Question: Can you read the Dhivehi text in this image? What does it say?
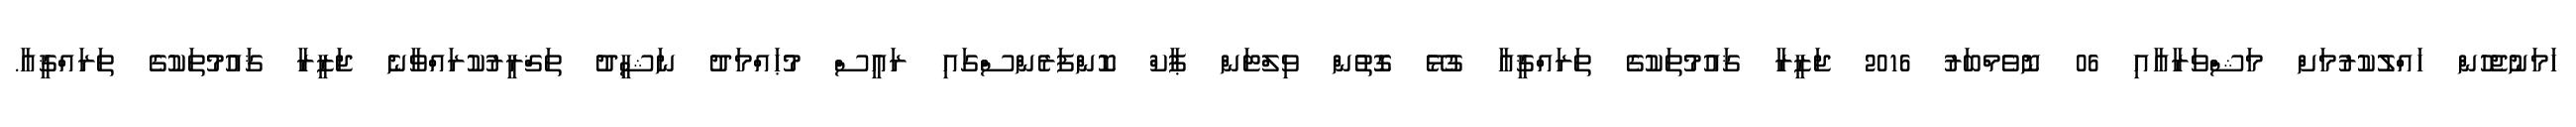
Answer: ހަމަނުޖެހުން ހައްލުކުރުމަށް މަޝްވަރާއާއި 06 ނޮވެމްބަރު 2016 ޖަޒީރާ ޤައުމުތަކުގެ ތަރައްޤީއާ ގުޅޭ ގޮތުން ވިލްޓަން ޕާކް ކޮންފަރެންސްގައި ރައީސް މުޙައްމަދު ނަޝީދު ތަޤްރީރުކުރައްވާނެ ޖަޒީރާ ޤައުމުތަކުގެ ތަރައްޤީއާ.